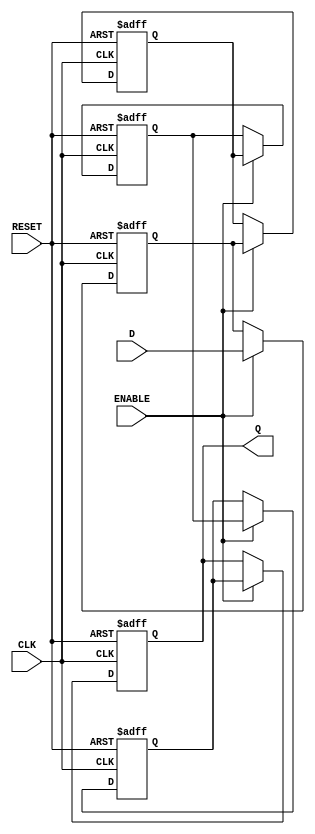
module multistage_register #(
    parameter N = 4,          // Number of stages (flip-flops)
    parameter WIDTH = 8       // Width of each stage (number of bits)
)(
    input wire [WIDTH-1:0] D, // Data input
    input wire CLK,            // Clock signal
    input wire RESET,          // Asynchronous reset
    input wire ENABLE,         // Enable signal
    output reg [WIDTH-1:0] Q   // Data output
);

    // Internal registers for each stage
    reg [WIDTH-1:0] stages [0:N-1];

    integer i;

    always @(posedge CLK or posedge RESET) begin
        if (RESET) begin
            // Asynchronous reset: clear all stages
            for (i = 0; i < N; i = i + 1) begin
                stages[i] <= {WIDTH{1'b0}}; // Clear each stage to zero
            end
            Q <= {WIDTH{1'b0}}; // Output also clear to zero
        end else if (ENABLE) begin
            // Shift data through stages
            stages[0] <= D; // Load input data into the first stage
            for (i = 1; i < N; i = i + 1) begin
                stages[i] <= stages[i-1]; // Shift data through the stages
            end
            Q <= stages[N-1]; // Output is the last stage
        end
    end

endmodule